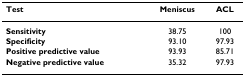
| Test | Meniscus | ACL |
 | --- | --- | --- |
 | Sensitivity | 38.75 | 100 |
 | Specificity | 93.10 | 97.93 |
 | Positive predictive value | 93.93 | 85.71 |
 | Negative predictive value | 35.32 | 97.93 |